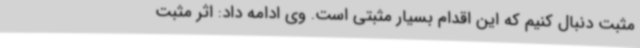
مثبت دنبال کنیم که این اقدام بسیار مثبتی است. وی ادامه داد: اثر مثبت